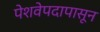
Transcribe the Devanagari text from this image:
पेशवेपदापासून